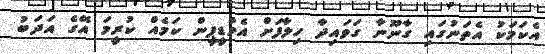
އެކަމަކު އެތަނުގައި ގާނޫނާ ގަވައިދާ ހިލާފަށް އެމްޑީޕީން ކަމެއް ކުރީމަ އޭގެ އަދަބު